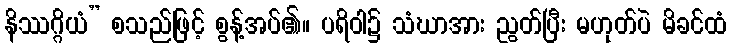
နိဿဂ္ဂိယံ” စသည်ဖြင့် စွန့်အပ်၏။ ပရိဝါ၌ သံဃာအား ညွတ်ပြီး မဟုတ်ပဲ မိခင်ထံ